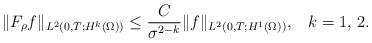
LaTeX: \begin{align*}\|F_{\rho}f\|_{L^{2}(0,T;H^{k}(\Omega))}\leq \frac{C}{\sigma^{2-k}}\|f\|_{L^{2}(0,T;H^{1}(\Omega))},\,\,\,\,\,k=1,\,2.\end{align*}